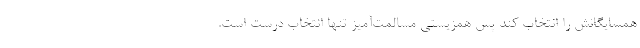
همسایگانش را انتخاب کند پس همزیستی مسالمت‌آمیز تنها انتخاب درست است.